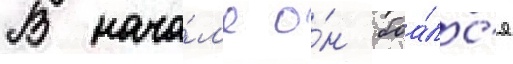
В нача́л'е о́н боа́лс'я